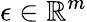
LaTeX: \epsilon\in\mathbb{R}^{m}